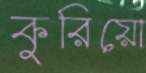
কুরিয়ো